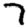
Digit: 7